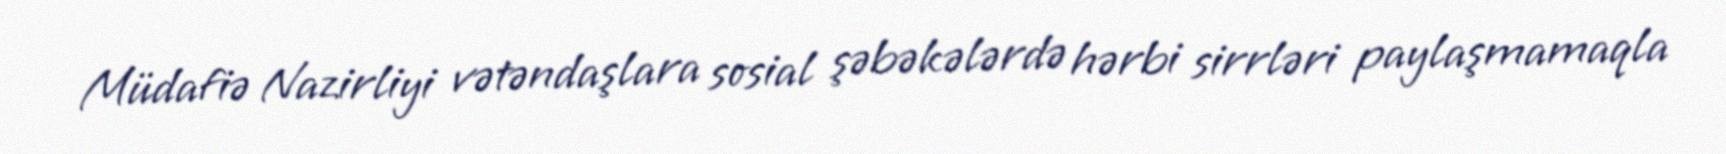
Müdafiə Nazirliyi vətəndaşlara sosial şəbəkələrdə hərbi sirrləri paylaşmamaqla